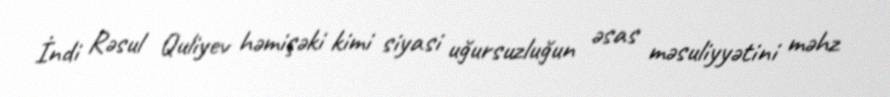
İndi Rəsul Quliyev həmişəki kimi siyasi uğursuzluğun əsas məsuliyyətini məhz